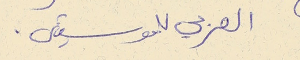
العربي للموسيقى.